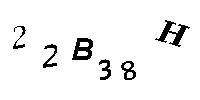
22B38H